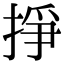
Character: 掙